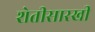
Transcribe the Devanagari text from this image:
शेतीसारखी